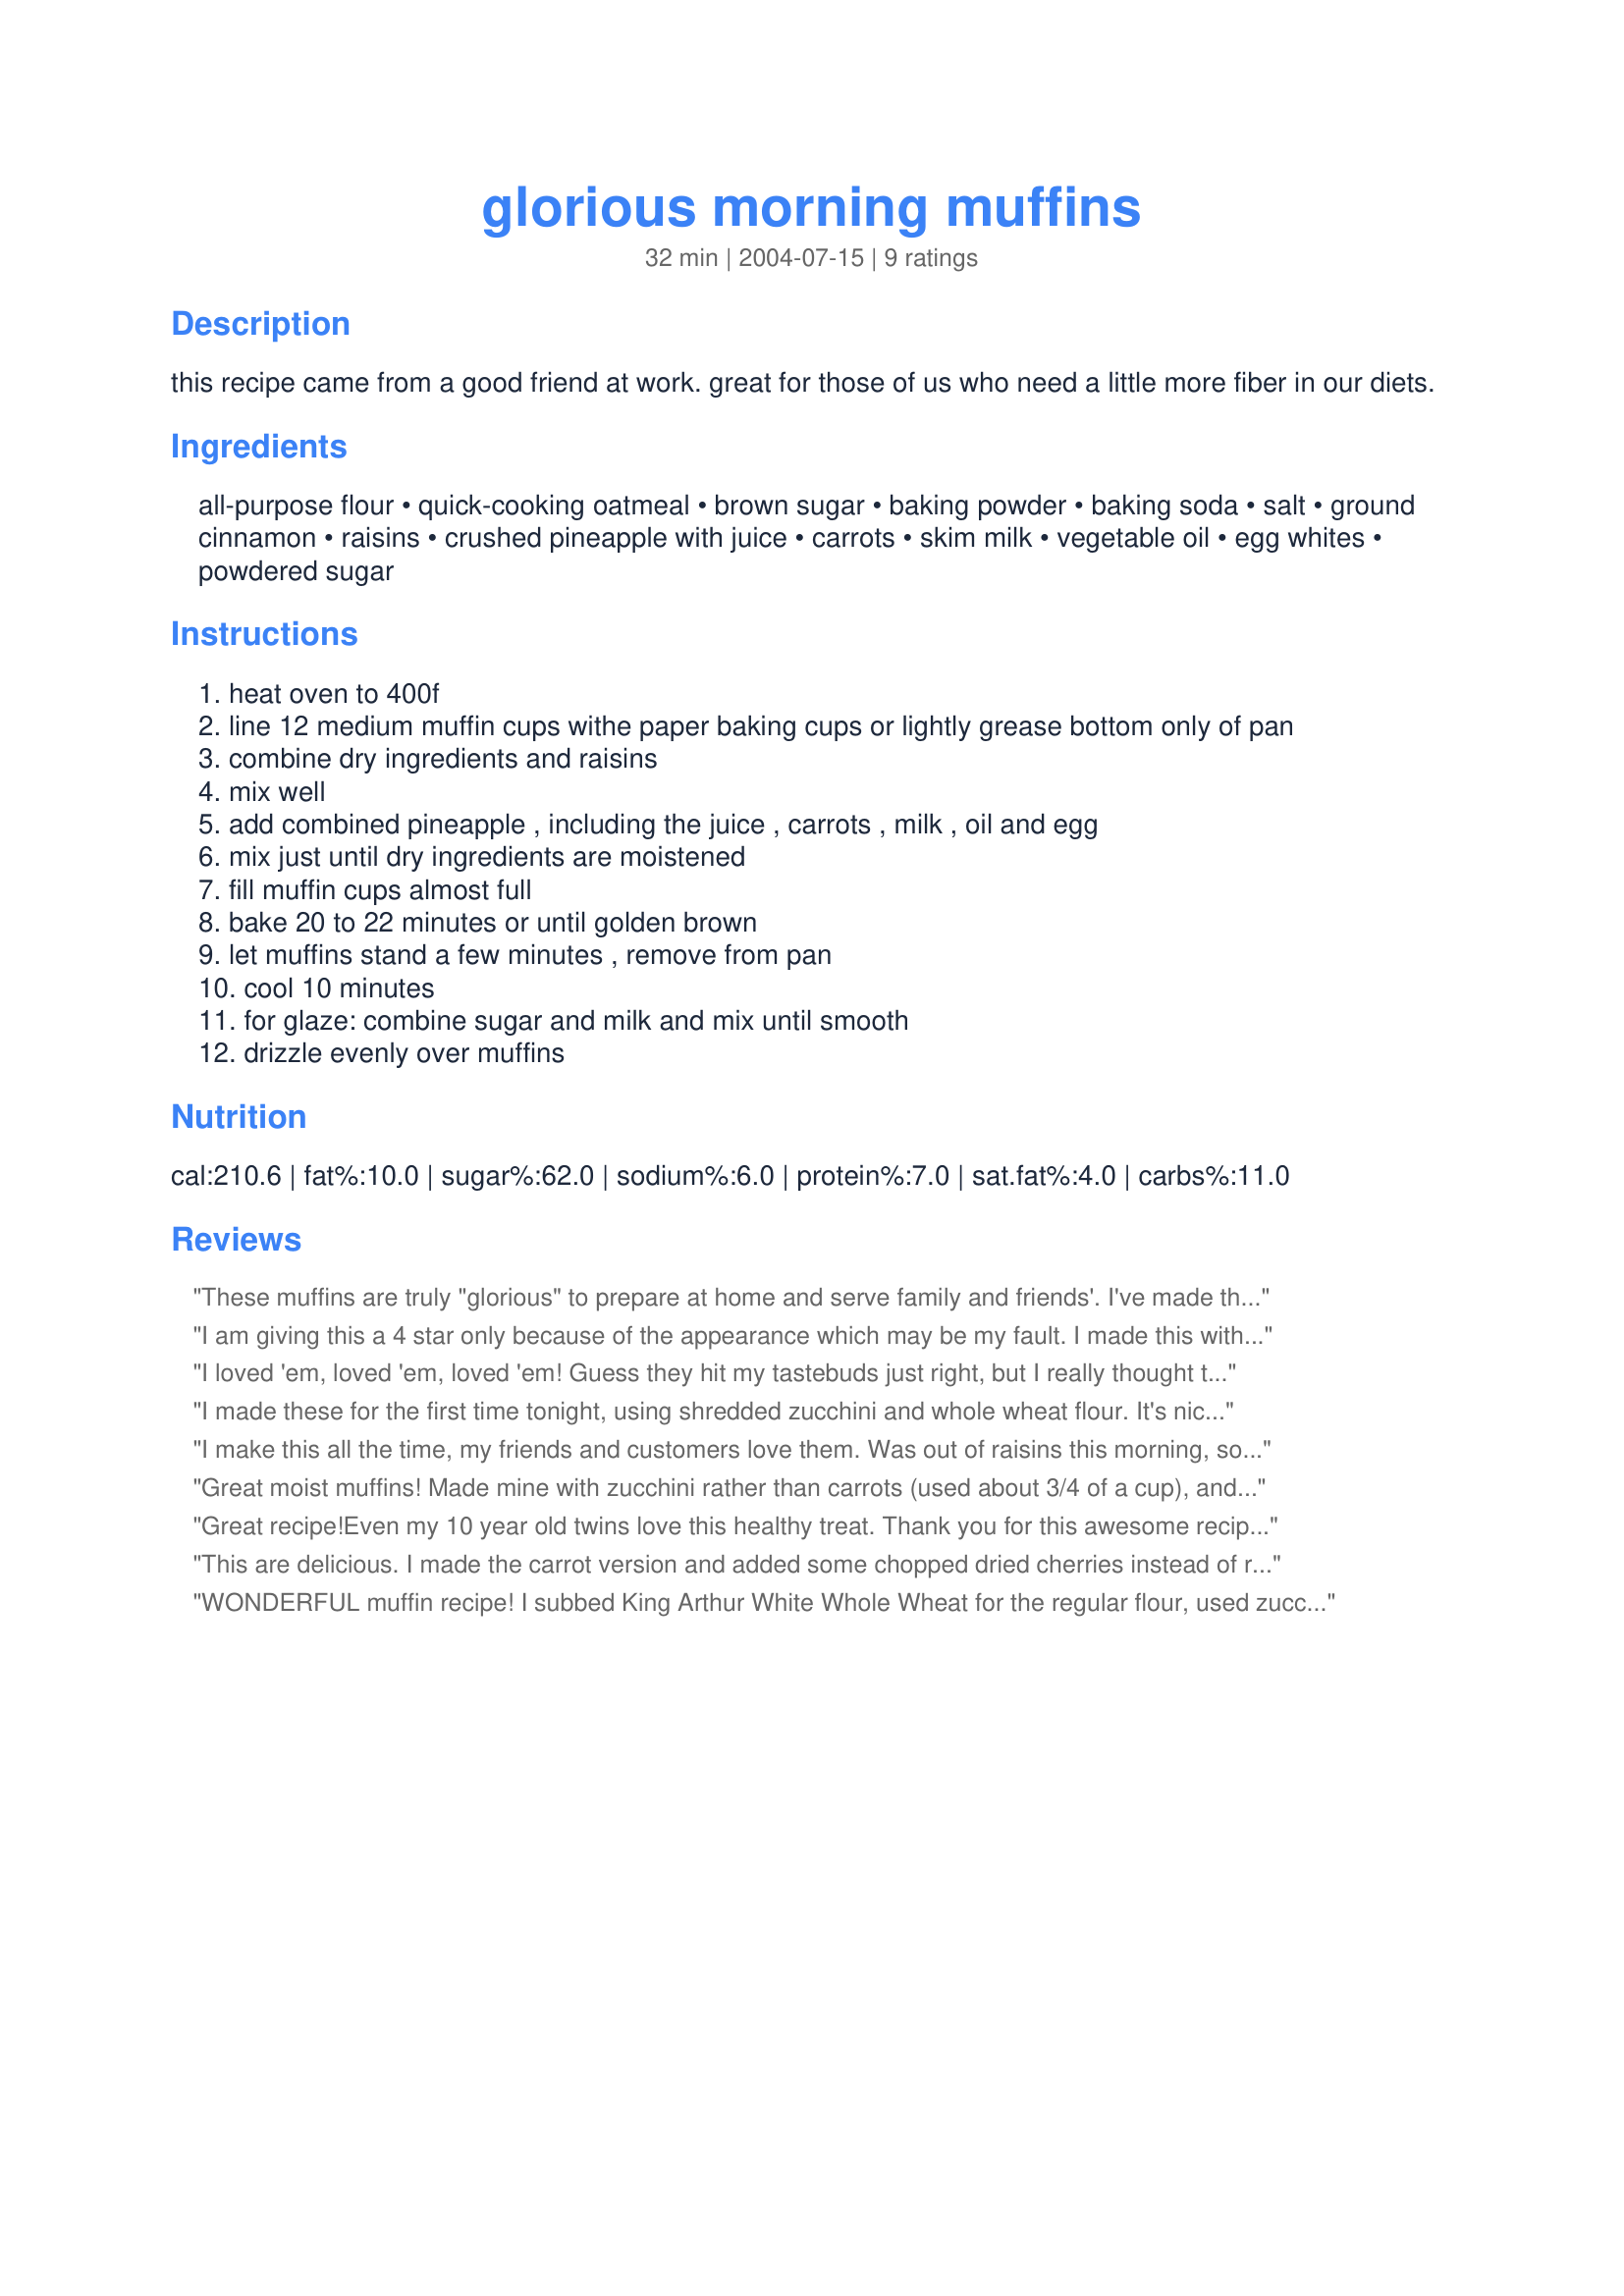
glorious morning muffins
Preparation time: 32 minutes

this recipe came from a good friend at work. great for those of us who need a little more fiber in our diets.

Ingredients:
all-purpose flour, quick-cooking oatmeal, brown sugar, baking powder, baking soda, salt, ground cinnamon, raisins, crushed pineapple with juice, carrots, skim milk, vegetable oil, egg whites, powdered sugar

Steps:
heat oven to 400f
line 12 medium muffin cups withe paper baking cups or lightly grease bottom only of pan
combine dry ingredients and raisins
mix well
add combined pineapple , including the juice , carrots , milk , oil and egg
mix just until dry ingredients are moistened
fill muffin cups almost full
bake 20 to 22 minutes or until golden brown
let muffins stand a few minutes , remove from pan
cool 10 minutes
for glaze: combine sugar and milk and mix until smooth
drizzle evenly over muffins

Reviews:
These muffins are truly "glorious" to prepare at home and serve family and friends'. I've made this one couple of times and it always has gone down well with one and all. This one's a keeper!
I am giving this a 4 star only because of the appearance which may be my fault. I made this with whole wheat pastry flour and they do not have the nice rounded tops. Actually they are flat. Did not affect the taste. They are nice and moist. They do have lots of fiber and the pineapple, raisins and oats adds to the density and may contribute to the apperance. I love having muffins in the freezer and will probably make these again. If the result is different, I will definately update this review. JQ thanks for posting these moist muffins :)
I loved 'em, loved 'em, loved 'em!
Guess they hit my tastebuds just right, but I really thought these were awesome. I was secretly hoping no one else would like them, so I could have them all, but unfortunately that wasn't the case. Everybody liked them.
I used the carrots, and skipped the glaze. I just put a little pat of butter in them fresh out of the oven. Heavenly. I made them for brunch late Sunday morning. I'm thinking I will be making them for brunch again next Sunday morning.
I made these for the first time tonight, using shredded zucchini and whole wheat flour. It's nice to know that some that tastes so good, can be so good for you. Thank you for this delicious and healthy recipe.. it is a keeper!
I make this all the time, my friends and customers love them. Was out of raisins this morning, so I added dates. That is a very delicious alternative.
Great moist muffins! Made mine with zucchini rather than carrots (used about 3/4 of a cup), and used King Arthur's White Whole Wheat Flour. Baked them in large muffin tin -- it made six giant muffins! I feel that they need more spice . . . next time think I'll add 1/2 teaspoon of nutmeg and 1/2 teaspoon of cloves. Also feel that the salt is required, not an option and maybe a bit more than 1/2 teaspooon. Thanks for sharing a great recipe.
Great recipe!<br/>Even my 10 year old twins love this healthy treat. Thank you for this awesome recipe. It is going on my favorites list.
This are delicious. I made the carrot version and added some chopped dried cherries instead of raisins. I also made 6 large muffins instead of 12 regular size. I skipped the glaze. For a breakfast muffin, it really doesn't need it. Made for Fall 2007 PAC.
WONDERFUL muffin recipe! I subbed King Arthur White Whole Wheat for the regular flour, used zucchini, subbed applesauce for the oil, used 1 large egg, and skipped the glaze. Just tried one & the rest will be frozen for breakfast. Thanks for sharing!!<br/>UPDATE 11/04/2010 - made last night using all whole-wheat flour & I like them even better! Texture is still wonderful and with much more fiber & protein.
